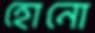
হোনো